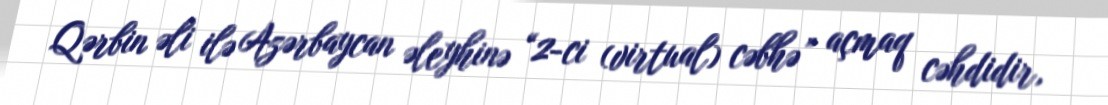
Qərbin əli ilə Azərbaycan əleyhinə “2-ci (virtual) cəbhə” açmaq cəhdidir,